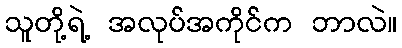
သူတို့ရဲ့ အလုပ်အကိုင်က ဘာလဲ။